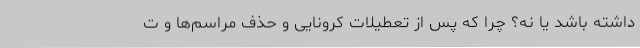
داشته باشد یا نه؟ چرا که پس از تعطیلات کرونایی و حذف مراسم‌ها و ت